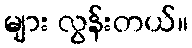
များ လွန်းတယ်။